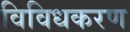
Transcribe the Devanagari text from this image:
विविधकरण